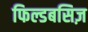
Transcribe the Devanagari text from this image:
फिल्डबसिज़